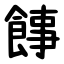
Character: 䭄